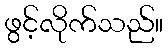
ဖွင့်လိုက်သည်။